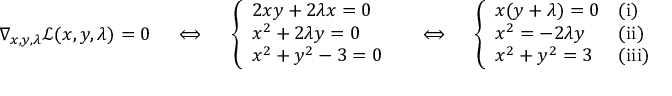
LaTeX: \nabla _ { x , y , \lambda } { \mathcal { L } } ( x , y , \lambda ) = 0 \quad \iff \quad { \left\{ \begin{array} { l l } { 2 x y + 2 \lambda x = 0 } \\ { x ^ { 2 } + 2 \lambda y = 0 } \\ { x ^ { 2 } + y ^ { 2 } - 3 = 0 } \end{array} \right. } \quad \iff \quad { \left\{ \begin{array} { l l } { x ( y + \lambda ) = 0 } & { { \mathrm { ( i ) } } } \\ { x ^ { 2 } = - 2 \lambda y } & { { \mathrm { ( i i ) } } } \\ { x ^ { 2 } + y ^ { 2 } = 3 } & { { \mathrm { ( i i i ) } } } \end{array} \right. }